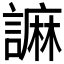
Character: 𧫼